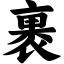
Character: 裹